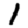
Digit: 1